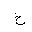
Letter: _kha